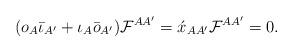
LaTeX: \begin{align*}(o_A\bar{\iota}_{A'}+\iota_A\bar{o}_{A'}){\cal F}^{AA'} =\acute{x}_{AA'}{\cal F}^{AA'} = 0.\end{align*}